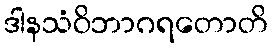
ဒါနသံဝိဘာဂရတောတိ